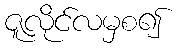
ဇူလိုင်လမှစ၍